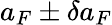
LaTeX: a_{F}\pm\delta a_{F}